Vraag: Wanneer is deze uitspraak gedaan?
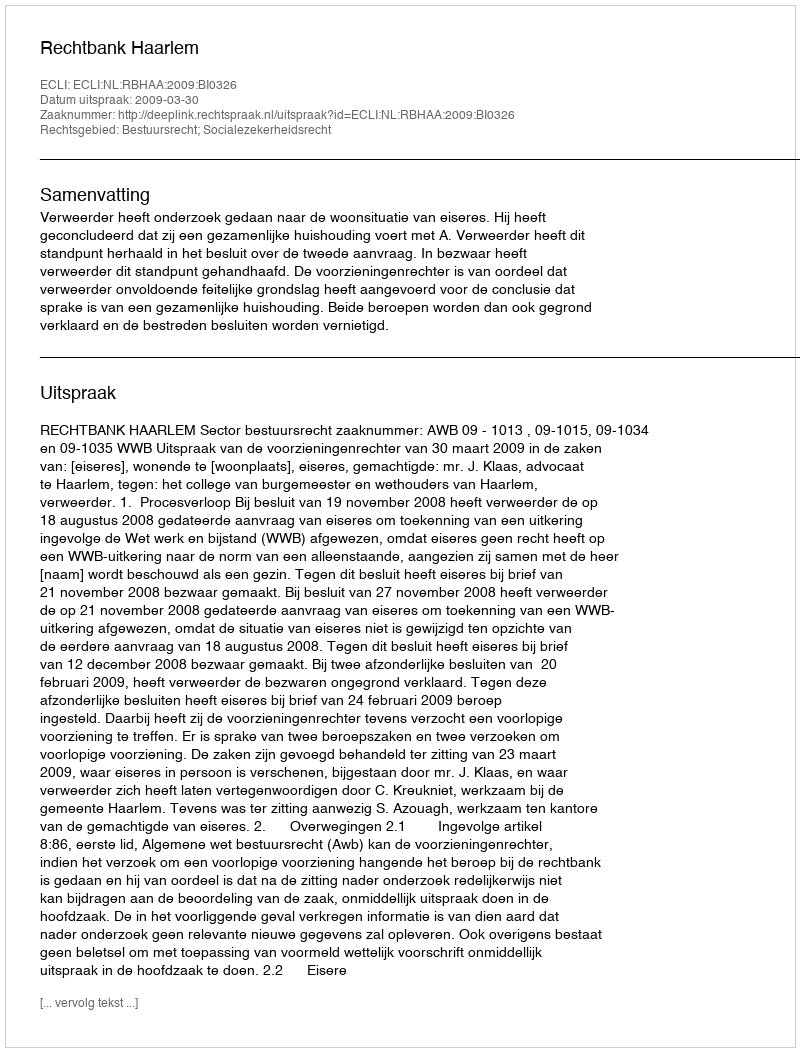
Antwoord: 2009-03-30